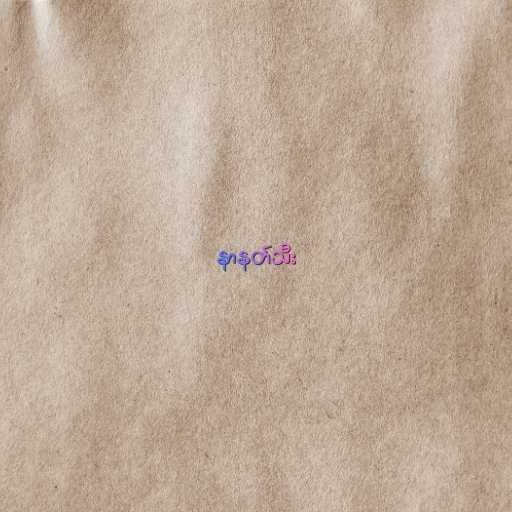
နာနတ်သီး